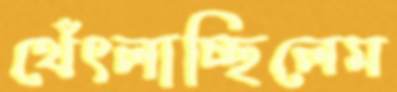
থেঁৎলাচ্ছিলেম